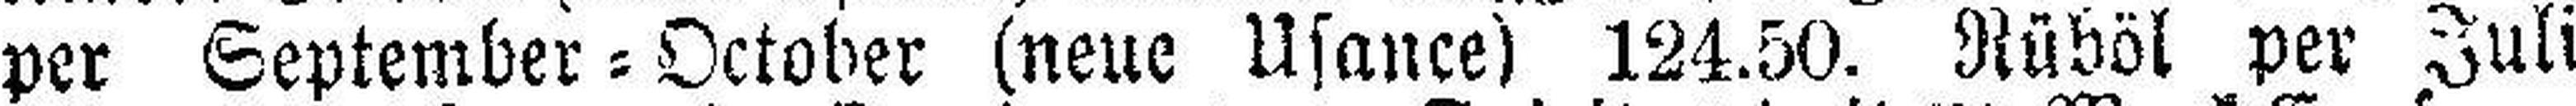
per September = October (neue Usance) 124.50. Rüböl per Juli